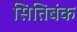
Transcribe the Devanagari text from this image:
सितिबंक